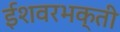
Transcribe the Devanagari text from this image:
ईशवरभक्ती